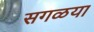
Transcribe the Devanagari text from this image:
सगळया